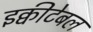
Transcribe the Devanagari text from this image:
इक्वीटेबल